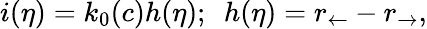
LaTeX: i(\eta)=k_{0}(c)h(\eta);~~h(\eta)=r_{\leftarrow}-r_{\rightarrow},